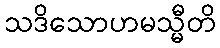
သဒိသောဟမသ္မီတိ